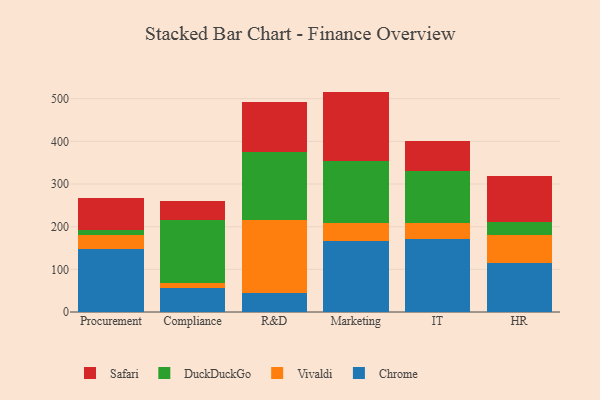
{"axis": {"x": "Department", "y": "Budget (USD K)"}, "legend": ["Chrome", "DuckDuckGo", "Safari", "Vivaldi"], "data": [{"x": "Procurement", "y": 148.3, "type": "Chrome"}, {"x": "Procurement", "y": 33.1, "type": "Vivaldi"}, {"x": "Procurement", "y": 9.9, "type": "DuckDuckGo"}, {"x": "Procurement", "y": 76.1, "type": "Safari"}, {"x": "Compliance", "y": 57.1, "type": "Chrome"}, {"x": "Compliance", "y": 9.8, "type": "Vivaldi"}, {"x": "Compliance", "y": 149.3, "type": "DuckDuckGo"}, {"x": "Compliance", "y": 45.1, "type": "Safari"}, {"x": "R&D", "y": 43.5, "type": "Chrome"}, {"x": "R&D", "y": 172.6, "type": "Vivaldi"}, {"x": "R&D", "y": 160.1, "type": "DuckDuckGo"}, {"x": "R&D", "y": 116.1, "type": "Safari"}, {"x": "Marketing", "y": 167.4, "type": "Chrome"}, {"x": "Marketing", "y": 40.6, "type": "Vivaldi"}, {"x": "Marketing", "y": 146.0, "type": "DuckDuckGo"}, {"x": "Marketing", "y": 162.7, "type": "Safari"}, {"x": "IT", "y": 171.0, "type": "Chrome"}, {"x": "IT", "y": 37.7, "type": "Vivaldi"}, {"x": "IT", "y": 120.9, "type": "DuckDuckGo"}, {"x": "IT", "y": 70.6, "type": "Safari"}, {"x": "HR", "y": 115.4, "type": "Chrome"}, {"x": "HR", "y": 64.4, "type": "Vivaldi"}, {"x": "HR", "y": 31.6, "type": "DuckDuckGo"}, {"x": "HR", "y": 108.4, "type": "Safari"}]}